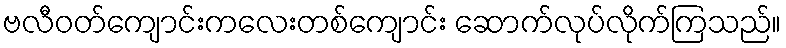
ဗလီဝတ်ကျောင်းကလေးတစ်ကျောင်း ဆောက်လုပ်လိုက်ကြသည်။